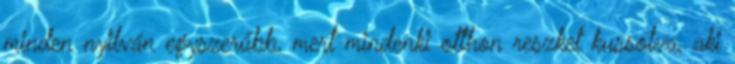
minden nyilván egyszerűbb, mert mindenki otthon reszket kussolva, aki